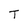
Character: T